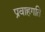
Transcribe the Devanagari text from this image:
प्रवाहगति